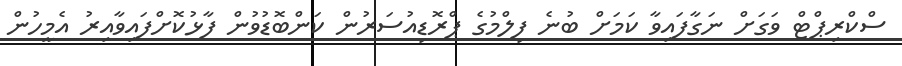
ސްކްރިޕްޓް ވަގަށް ނަގާފައިވާ ކަމަށް ބުނެ ފިލްމުގެ ޕްރޮޑިއުސަރުން ކަންބޮޑުވުން ފާޅުކޮށްފައިވާއިރު އެމީހުން